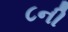
૮ની